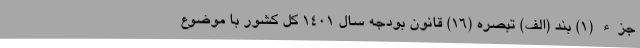
جزء (۱) بند (الف) تبصره (16) قانون بودجه سال 1401 کل کشور با موضوع